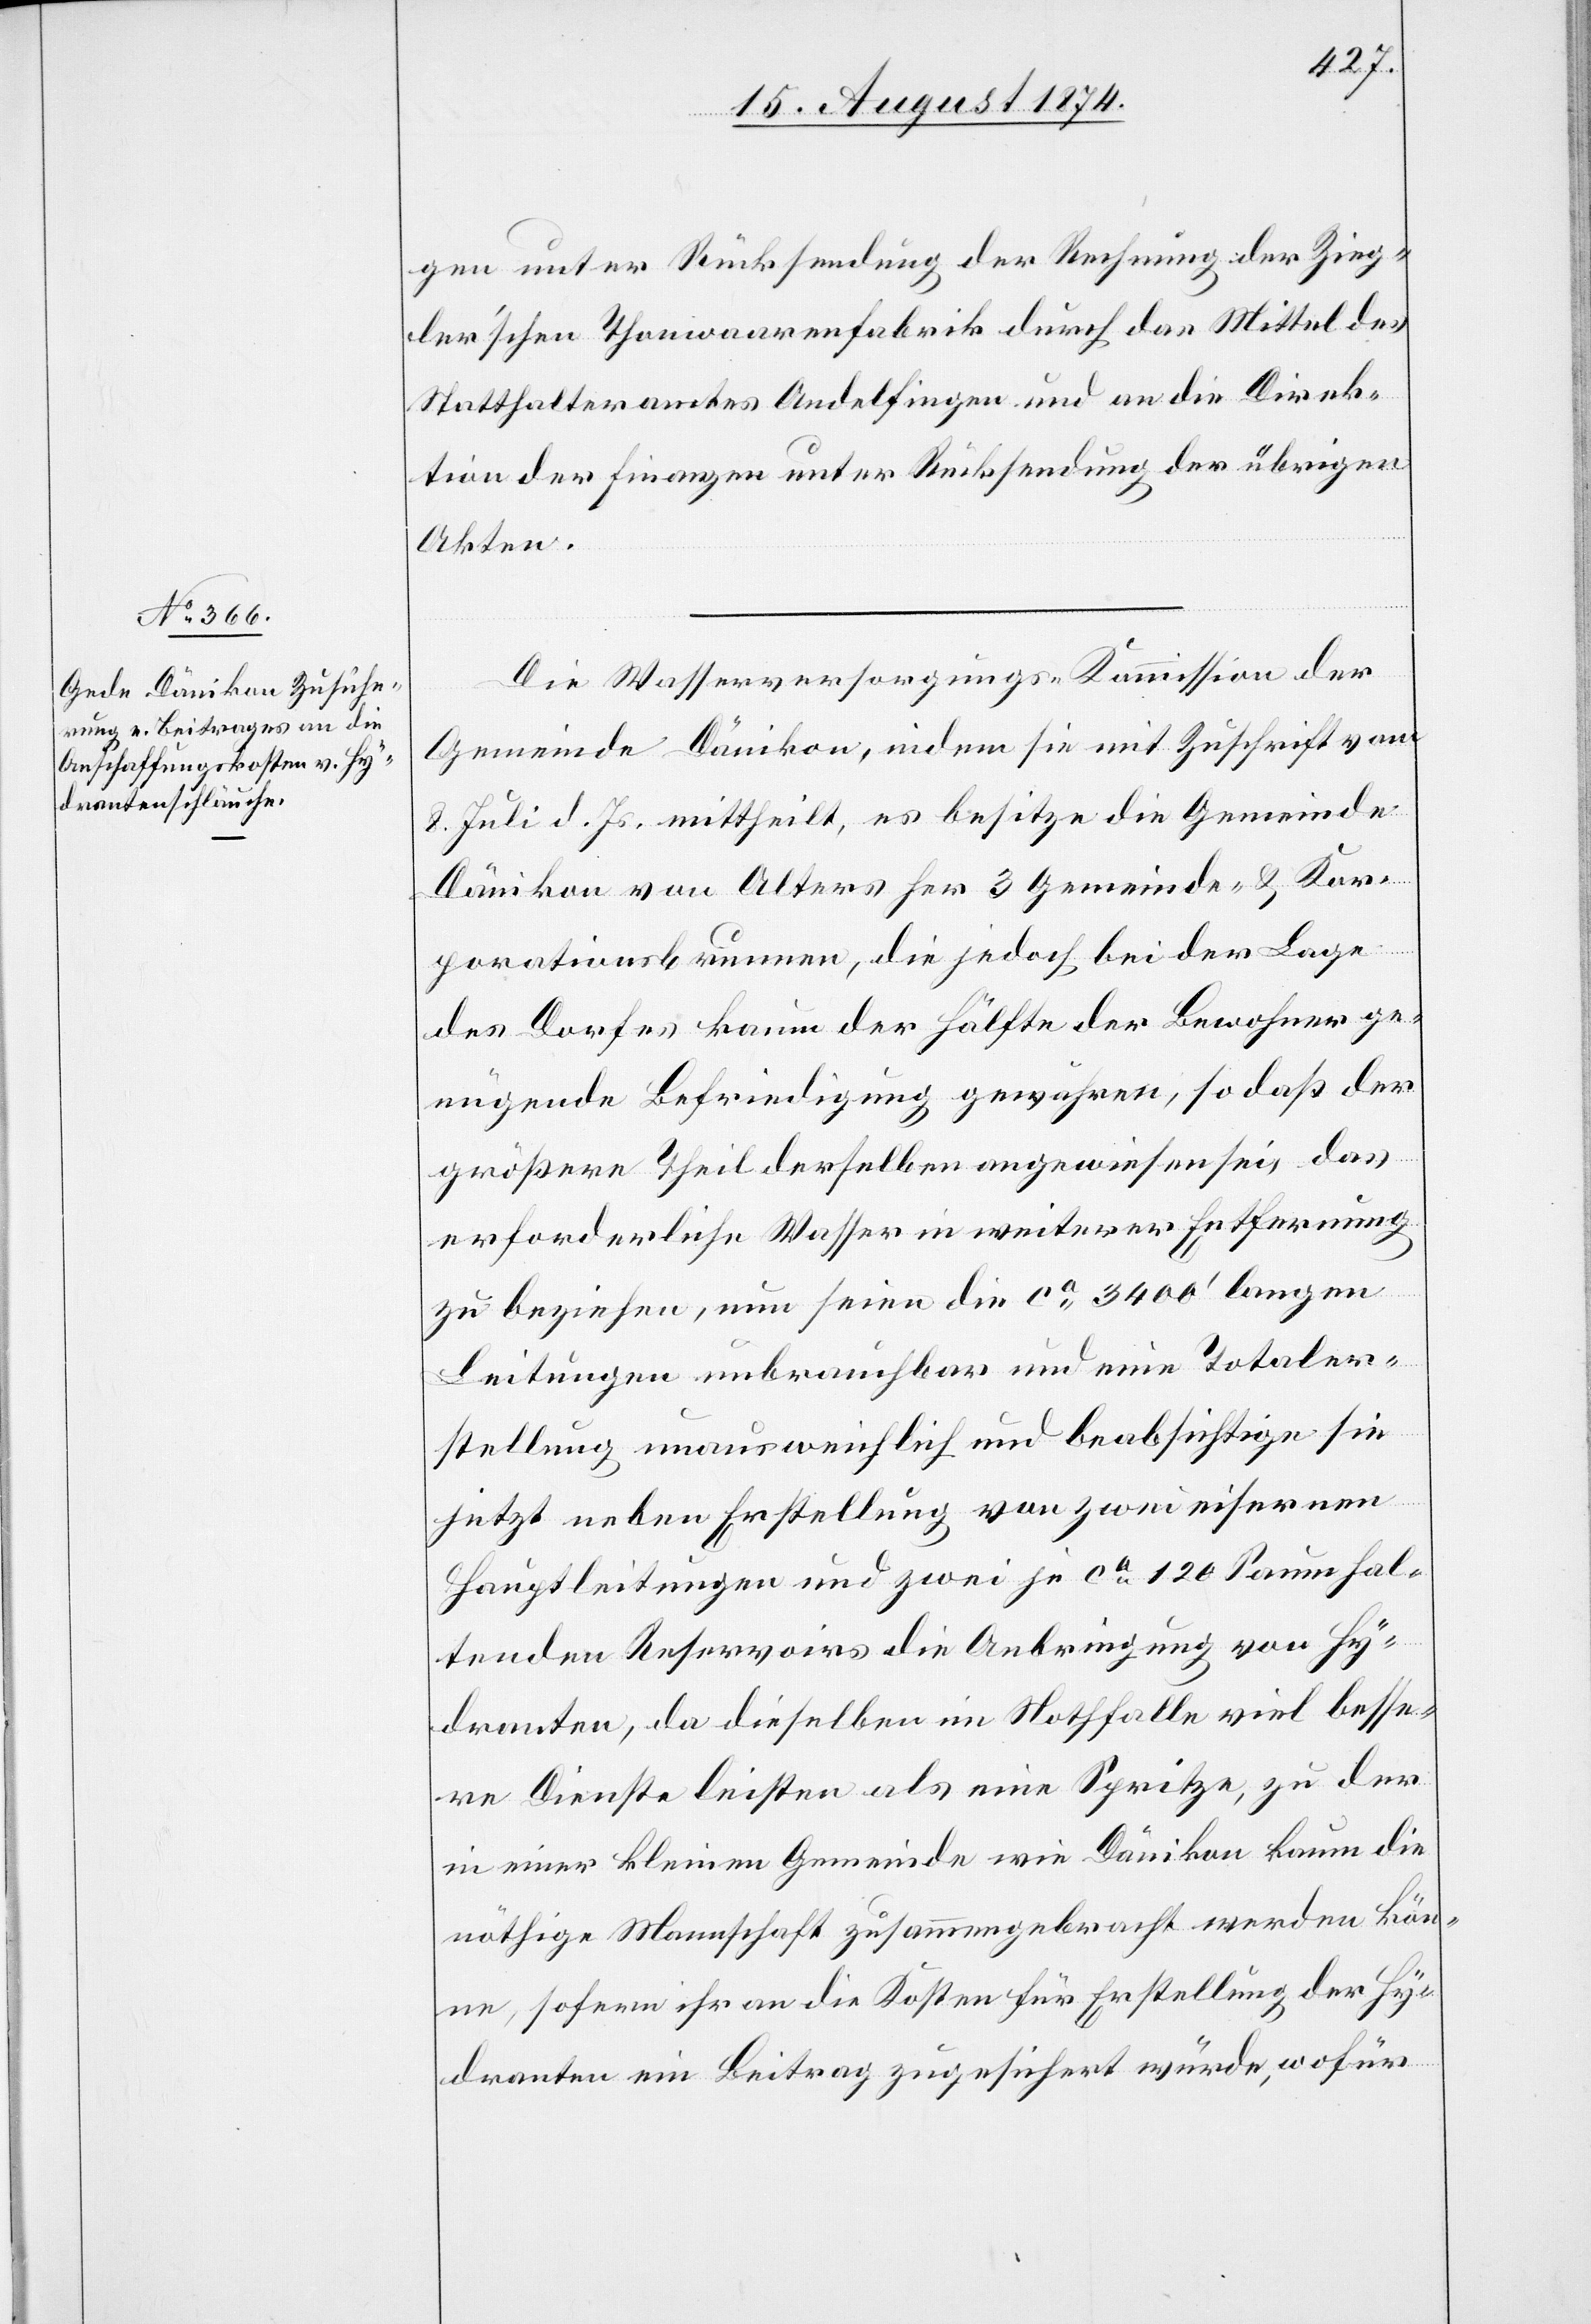
gen unter Rücksendung der Rechnung der Zieg¬
ler’schen Thonwaarenfabrik durch das Mittel des
Statthalteramtes Andelfingen und an die Direk¬
tion der Finanzen unter Rücksendung der übrigen
Akten.
Die Wasserversorgungs-Kommission der
Gemeinde Dänikon, indem sie mit Zuschrift vom
8. Juli d. Js. mittheilt, es besitze die Gemeinde
Dänikon von Alters her 3 Gemeinde- u. Kor¬
porationsbrunnen, die jedoch bei der Lage
des Dorfes kaum der Hälfte der Bewohner ge¬
nügende Befriedigung gewähren, so daß der
größere Theil derselben angewiesen sei, das
erforderliche Wasser in weiterer Entfernung
zu beziehen, nun seien die ca 3400‘ langen
Leitungen unbrauchbar und eine Totaler¬
stellung unausweichlich und beabsichtige sie
jetzt neben Erstellung von zwei eisernen
Hauptleitungen und zwei je ca 120 Saum hal¬
tenden Reservoirs die Anbringung von Hy¬
dranten, da dieselben im Nothfalle viel besse¬
re Dienste leisten als eine Spritze, zu der
in einer kleinen Gemeinde wie Dänikon kaum die
nöthige Mannschaft zusammengebracht werden kö¬
nne, sofern ihr an die Kosten für Erstellung der Hy¬
dranten ein Beitrag zugesichert würde, wofür